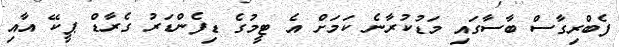
ފެބްރިގާސް ބާސާގައި މަޑުކުރާނެ ކަމަށް އެ ޓީމުގެ ޑިފެންޑަރު ގެރާޑް ޕީކޭ އާއި